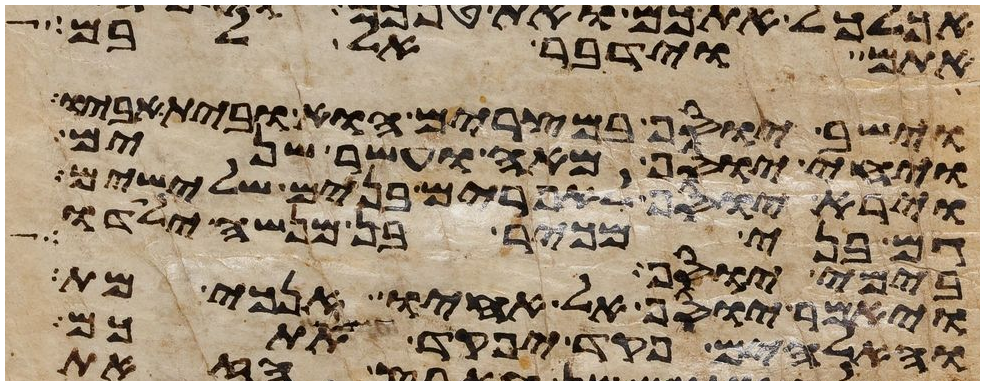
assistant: אתם וידבר אל לבם
וישב יוסף במצרים הוא ובית אביו
ויחי יוסף מאה ועשר שנים
וירא יוסף לאפרים בנים שלישים
גם בני מכיר בן מנשה ילדו
בימי יוסף
ויאמר יוסף אל אחיו אנכי מת
והאלהים פקד יפקד אתכם